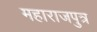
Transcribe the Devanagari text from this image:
महाराजपुत्र